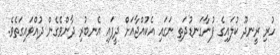
ހުރި ރީނދޫ ކުލައިގެ ފުނާގަނޑުދަތި ނަގައި އެކުއްޖާއަށް ދީފައި އެނބުރި ދާންވެގެން ދުއްވައިގަތެވެ.